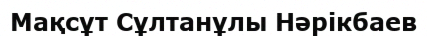
Мақсұт Сұлтанұлы Нәрікбаев